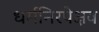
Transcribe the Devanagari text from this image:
धर्मनिरपेक्षव